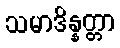
သမာဒိန္နတ္တာ